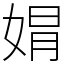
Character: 𡝭